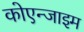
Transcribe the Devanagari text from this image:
कोएन्जाइम